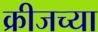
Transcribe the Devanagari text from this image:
क्रीजच्या